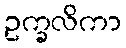
ဥက္ခလိကာ